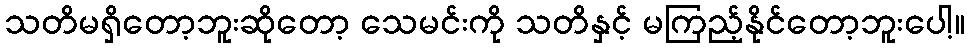
သတိမရှိတော့ဘူးဆိုတော့ သေမင်းကို သတိနှင့် မကြည့်နိုင်တော့ဘူးပေါ့။